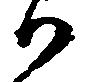
か